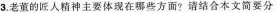
3.老董的匠人精神主要体现在哪些方面？ 请结合本文简要分